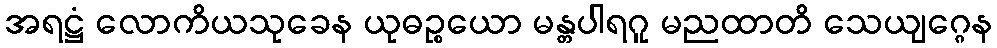
အရဋ္ဌံ လောကိယသုခေန ယုဓဉ္စယော မန္တပါရဂူ မညထာတိ သေယျဂ္ဂေန